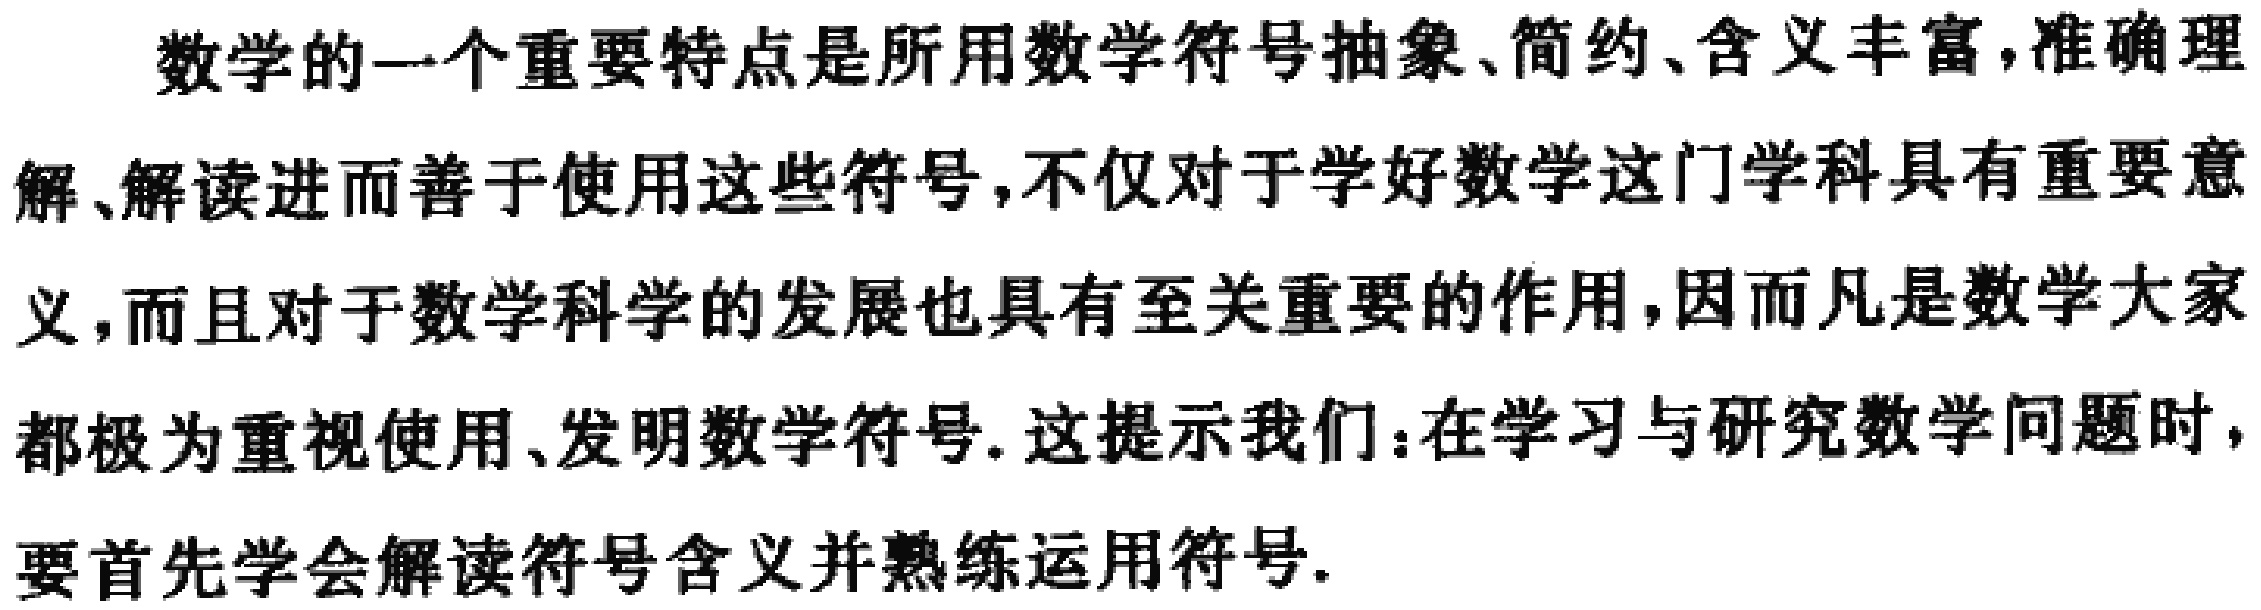
数学的一个重要特点是所用数学符号抽象、简约、含义丰富，准确理解、解读进而善于使用这些符号，不仅对于学好数学这门学科具有重要意义，而且对于数学科学的发展也具有至关重要的作用，因而凡是数学大家都极为重视使用、发明数学符号. 这提示我们：在学习与研究数学问题时，要首先学会解读符号含义并熟练运用符号.